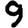
Digit: 9